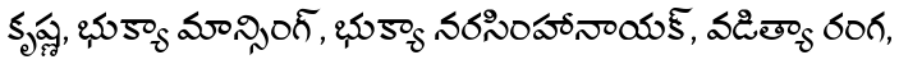
కృష్ణ, భుక్యా మాన్సింగ్, భుక్యా నరసింహానాయక్, వడిత్యా రంగ,